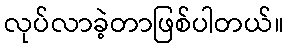
လုပ်လာခဲ့တာဖြစ်ပါတယ်။